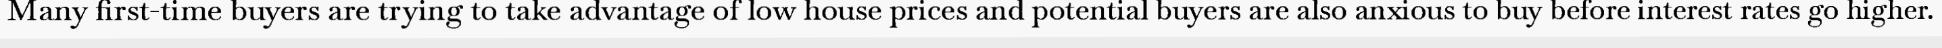
Many first-time buyers are trying to take advantage of low house prices and potential buyers are also anxious to buy before interest rates go higher.